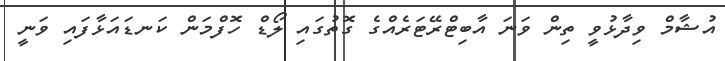
އުޝާމް ވިދާޅުވީ ތިން ވަނަ އާބިޓްރޭޓަރެއްގެ ގޮތުގައި ލޯޑް ހޮފްމަން ކަނޑައަޅާފައި ވަނީ